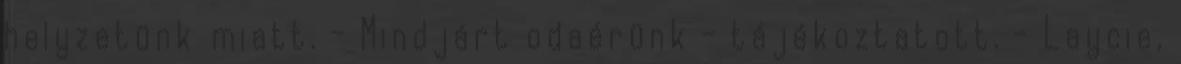
helyzetünk miatt. - Mindjárt odaérünk - tájékoztatott. - Laycie,